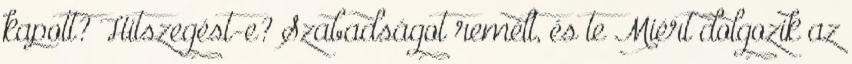
kapott? Hitszegést-e? Szabadságot remélt, és te Miért dolgozik az